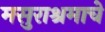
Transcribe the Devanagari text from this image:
मसुराश्रमाचे